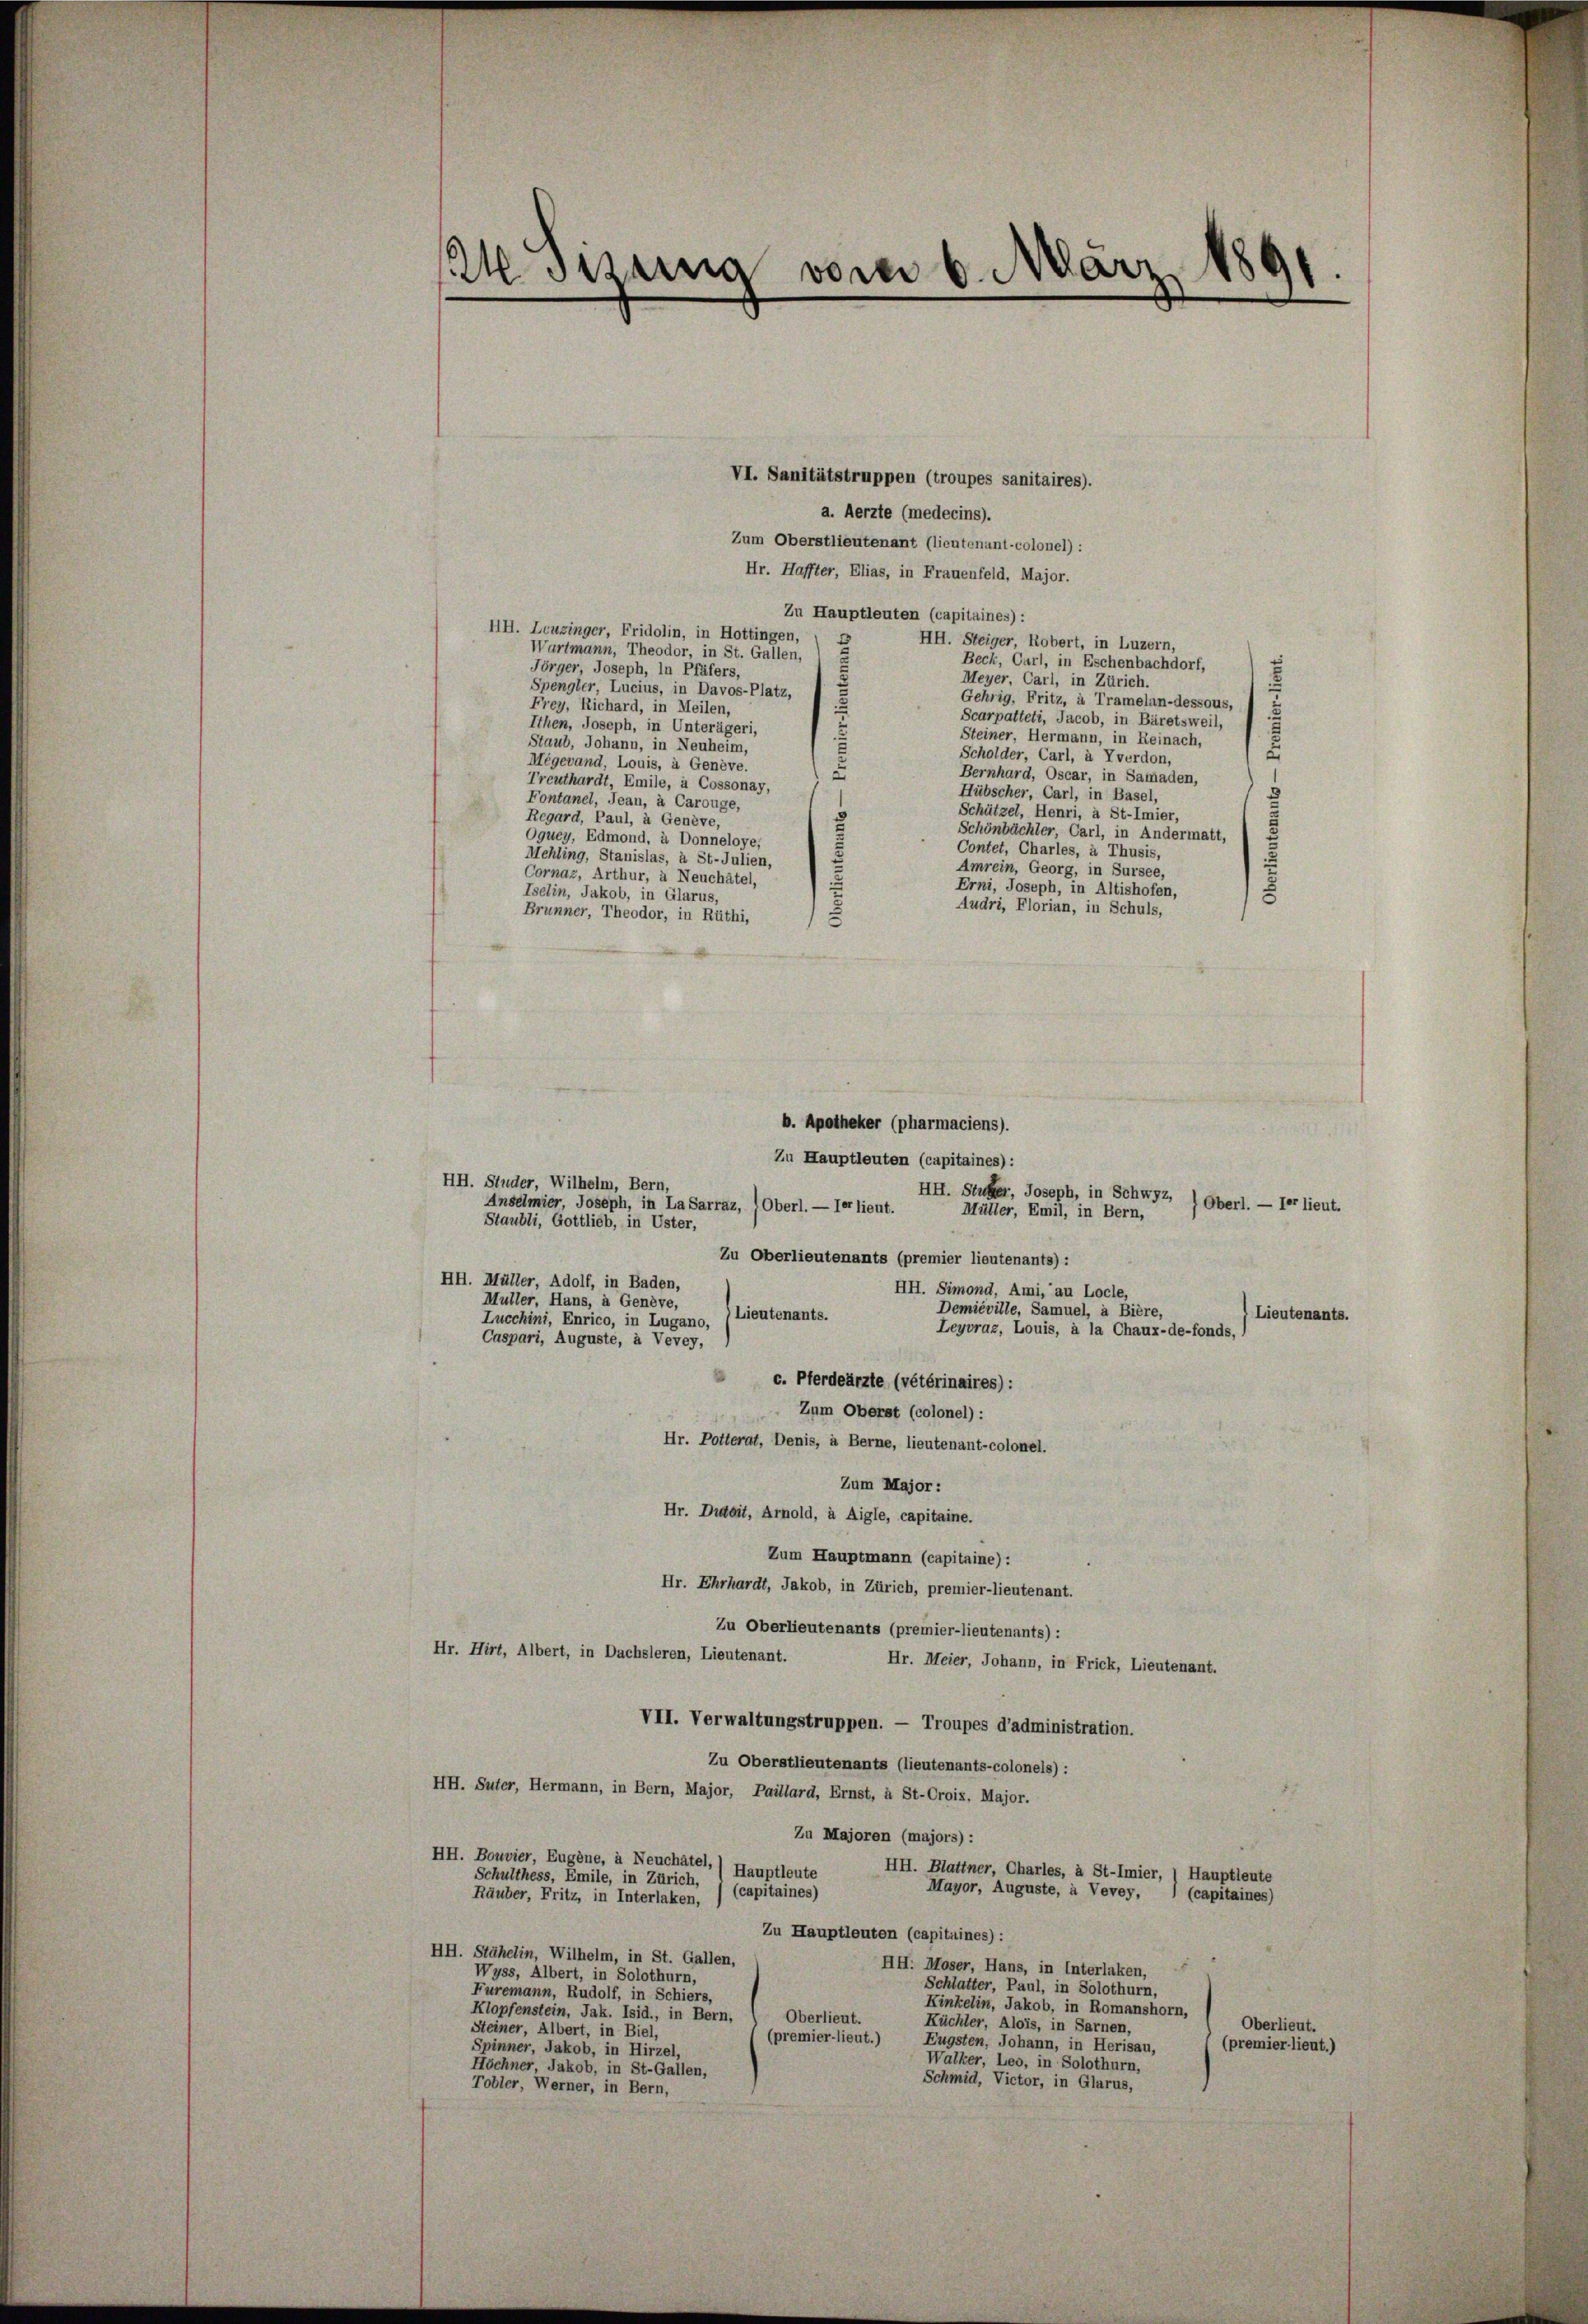
24. Sisung vom 6. März 1891.

VI. Sanitätstruppen (troupes sanitaires).
a. Aerzte (medecins).
Zum Oberstlieutenant (lieutenant-colonel):
Hr. Haffter, Elias, in Frauenfeld, Major.
Zu Hauptleuten (capitaines) :
HH. Leuzinger, Fridolin, in Hottingen, ( B
HH. Steiger, Robert, in Luzern,
Wartmann, Theodor, in St. Gallen,
Beck, Carl, in Eschenbachdorf,
Jörger, Joseph, in Pfäfers,
Meyer, Carl, in Zürich.
Spengler, Lucius, in Davos-Platz,
Gehrig, Fritz, à Tramelan-dessous,
Frey, Richard, in Meilen,
Scarpatteti, Jacob, in Bäretsweil,
Ithen, Joseph, in Unterägeri,
Steiner, Hermann, in Reinach,
Staub, Johann, in Neuheim,
u
Scholder, Carl, à Yverdon,
Mégevand, Louis, à Genève.
Bernhard, Oscar, in Samaden,
Treuthardt, Emile, à Cossonay,
Hübscher, Carl, in Basel,
Fontanel, Jean, à Carouge,
Schützel, Henri, à St-Imier,
Regard, Paul, à Genève,
Schönbächler, Carl, in Andermatt,
Oquey, Edmond, à Donneloye,
Contet, Charles, à Thusis,
Mehling, Stanislas, à St-Julien,
Amrein, Georg, in Sursee,
Cornaz, Arthur, à Neuchâtel,
Erni, Joseph, in Altishofen,
Iselin, Jakob, in Glarus,
Audri, Florian, in Schuls,
Brunner, Theodor, in Rüthi,
b. Apotheker (pharmaciens).
Zu Hauptleuten (capitaines):
HH. Studer, Wilhelm, Bern,
Anselmier, Joseph, in La Sarraz, (Oberl. — Ier lieut.
Staubli, Gottlieb, in Uster,
Zu Oberlieutenants (premier lieutenants) :
HH. Müller, Adolf, in Baden,
HH. Simond, Ami, au Locle,
Müller, Hans, à Genève,
Demieville, Samuel, à Bière,
Lieutenants.
Lieutenants.
Lucchini, Enrico, in Lugano,
Leyvra«, Louis, à la Chaux-de-fonds,
Caspari, Auguste, à Vevey,
c. Pferdeärzte (vétérinaires):
Zum Oberst (colonel) :
Hr. Potterat, Denis, à Berne, lieutenant-colonel.
Zum Major :
Hr. Dutoit, Arnold, à Aigle, capitaine.
Zum Hauptmann (capitaine):
Hr. Ehrhardt, Jakob, in Zürich, premier-lieutenant.
Zu Oberlieutenants (premier-lieutenants) :
Hr. Hirt, Albert, in Dachsleren, Lieutenant.
Hr. Meier, Johann, in Frick, Lieutenant.
VII. Verwaltungstruppen. — Troupes d’administration.
Zu Oberstlieutenants (lieutenants-colonels) :
HH. Suter, Hermann, in Bern, Major, Paillard, Ernst, à St-Crois, Major.
Zu Majoren (majors):
HH. Bouvier, Eugene, à Neuchâtel,
HH. Blattner, Charles, à St-Imier, 1 Hauptleute
Hauptleute
Schulthess, Emile, in Zürich,
Mayor, Auguste, à Vevey,
Räuber, Fritz, in Interlaken, ( (capitaines)
(capitaines)
Zu Hauptleuten (capitaines) :
HH. Stähelin, Wilhelm, in St. Gallen,
HH. Moser, Hans, in Interlaken,
Wyss, Albert, in Solothurn,
Schlatter, Paul, in Solothurn,
Furemann, Rudolf, in Schiers,
Kinkelin, Jakob, in Romanshorn,
Klopfenstein, Jak. Isid., in Bern,
Oberlieut.
Küchler, Alois, in Sarnen,
Oberlieut.
Steiner, Albert, in Biel,
(premier-lieut.)
Eugsten, Johann, in Herisau,
(premier lieut.)
Spinner, Jakob, in Hirzel,
Walker, Leo, in Solothurn,
Höchner, Jakob, in St.Gallen,
Schmid, Victor, in Glarus,
Tobler, Werner, in Bern,

HH. Stuber, Joseph, in Schwyz,
(Oberl. — Ier lieut.
Müller, Emil, in Bern,